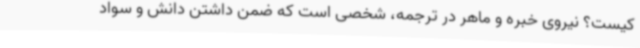
کیست؟ نیروی خبره و ماهر در ترجمه، شخصی است که ضمن داشتن دانش و سواد